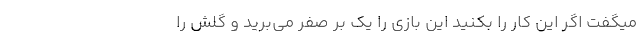
میگفت اگر این کار را بکنید این بازی را یک بر صفر می‌برید و گلش را